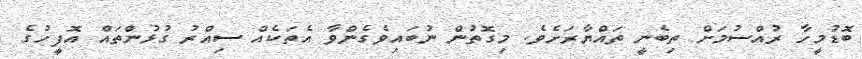
ބޮޑުމީހާ ރުއްސުމަށް ތިބެނީ ތައްޔާރަށެވެ. މިގޮތުން ނުބައިވެގެންވާ އެތަކެއް ސިއްރު ގުޅުންތައް އޮފީހުގެ